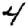
Digit: 4